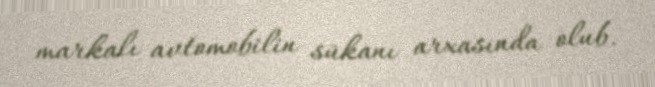
markalı avtomobilin sükanı arxasında olub.